Problem: 62 + 25 = ?
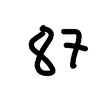
Handwritten answer: 87